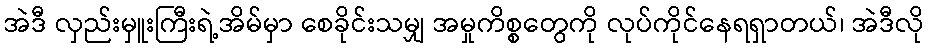
အဲဒီ လှည်းမှူးကြီးရဲ့အိမ်မှာ စေခိုင်းသမျှ အမှုကိစ္စတွေကို လုပ်ကိုင်နေရရှာတယ်၊ အဲဒီလို